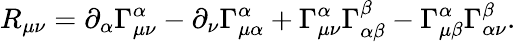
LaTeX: R_{\mu\nu}=\partial_{\alpha}\Gamma_{\mu\nu}^{\alpha}-\partial_{\nu}\Gamma_{\mu\alpha}^{\alpha}+\Gamma_{\mu\nu}^{\alpha}\Gamma_{\alpha\beta}^{\beta}-\Gamma_{\mu\beta}^{\alpha}\Gamma_{\alpha\nu}^{\beta}.